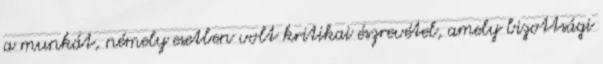
a munkát, némely esetben volt kritikai észrevétel, amely bizottsági